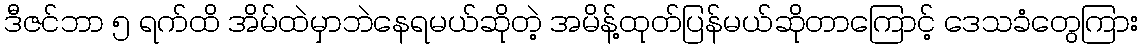
ဒီဇင်ဘာ ၅ ရက်ထိ အိမ်ထဲမှာဘဲနေရမယ်ဆိုတဲ့ အမိန့်ထုတ်ပြန်မယ်ဆိုတာကြောင့် ဒေသခံတွေကြား